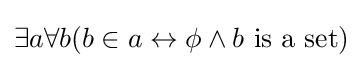
\exists a\forall b(b\in a\leftrightarrow \phi \land b{\text{ is a set}})